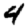
Digit: 4